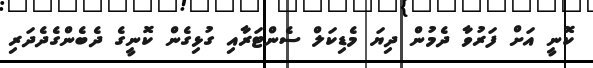
ކޮނީ އަށް ފަރުވާ ދެމުން ދިޔަ މެޑިކަލް ސެންޓަރާއި ގުޅިގެން ކޮނީގެ ދެބެންގެދެދަރި